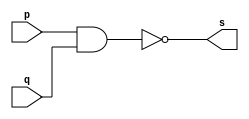
// PUC Minas - Ciencia da Computacao - Arquitetura de Computadores I
// Exemplo0006 - nand 
// Nome: Ana Cristina P. Teixeira

// 01. Construir a tabela-verdade para a porta NAND com 2 entradas.
// Obs.: Usar operador ( ~(a&b) ) na definio do mdulo.
// 		Usar $display ( ).

// --------------------- 
// -- nand gate 
// --------------------- 
module nandgate (output s, input p, input q);
	assign s = ~(p & q); // vinculo permanente
endmodule // nand

// --------------------- 
// -- test nandgate 
// --------------------- 
module testnandgate; 
// ------------------------- dados locais 
	reg a, b; // definir registrador 
	wire s; // definir conexao (fio) 
// ------------------------- instancia 
	nandgate NAND1 (s, a, b);
// ------------------------- preparacao
	initial begin:start
		a = 0;
		b = 0;
	end
// ------------------------- parte principal
	initial begin:main
		$display("Exemplo0006 - Exercicio0001 - Ana Cristina - 427385");
		$display("Test nand gate");
		$display("\n ~(a & b) = s\n");
		#1 a = 0; b = 0;
		#1 $display("~(%b & %b) = %b", a, b, s);
		#1 a = 0; b = 1;
		#1 $display("~(%b & %b) = %b", a, b, s);
		#1 a = 1; b = 0;
		#1 $display("~(%b & %b) = %b", a, b, s);
		#1 a = 1; b = 1;
		#1 $display("~(%b & %b) = %b", a, b, s);
	end
endmodule // testnandgate

// previsao de testes
// ~(a & b)
// resultados esperados
// ~(0 & 0) = ~(0) = 1
// ~(0 & 1) = ~(0) = 1
// ~(1 & 0) = ~(0) = 1
// ~(1 & 1) = ~(1) = 0
// conclusao nandgate funcionou corretamente como o esperado